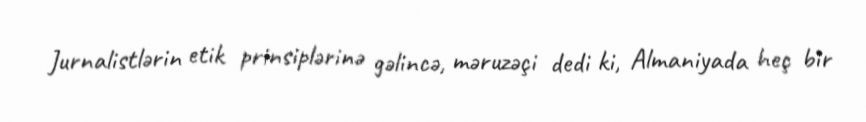
Jurnalistlərin etik prinsiplərinə gəlincə, məruzəçi dedi ki, Almaniyada heç bir